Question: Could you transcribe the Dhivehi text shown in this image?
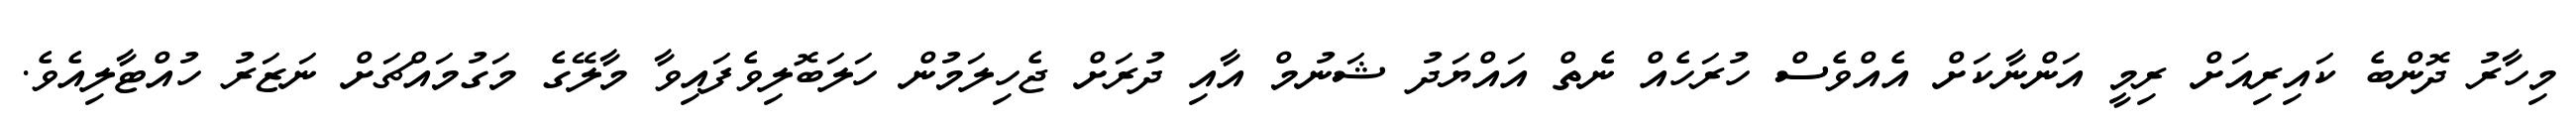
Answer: މިހާރު ދޮންބެ ކައިރިއަށް ރިމީ އަންނާކަށް އެއްވެސް ހުރަހެއް ނެތް އައްޔަދު ޝަނުމް އާއި ދުރަށް ޖެހިލަމުން ހަލަބޮލިވެފައިވާ މާލޭގެ މަގުމައްޗަށް ނަޒަރު ހުއްޓާލިއެވެ.